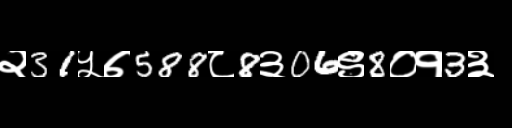
Text: २31५७588८8३06९8०१3३